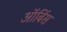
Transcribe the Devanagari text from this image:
ऑर्बिस